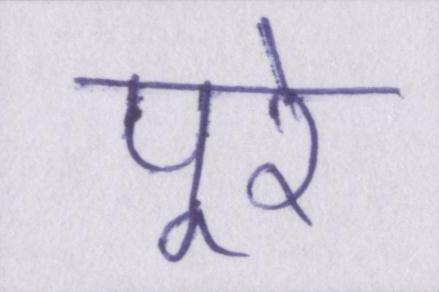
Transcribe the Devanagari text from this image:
पूरे